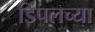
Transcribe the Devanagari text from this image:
डिंपलच्या